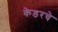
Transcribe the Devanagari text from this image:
केडरचे